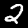
Digit: 2